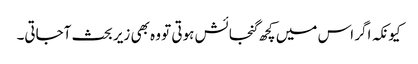
کیونکہ اگر اس میں کچھ گنجائش ہوتی تو وہ بھی زیر بحث آجاتی۔